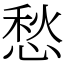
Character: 愁